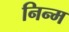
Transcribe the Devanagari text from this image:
निन्‍म